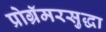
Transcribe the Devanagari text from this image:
प्रोग्रॅमरसुद्धा